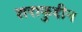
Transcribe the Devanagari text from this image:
शराफुद्दीन